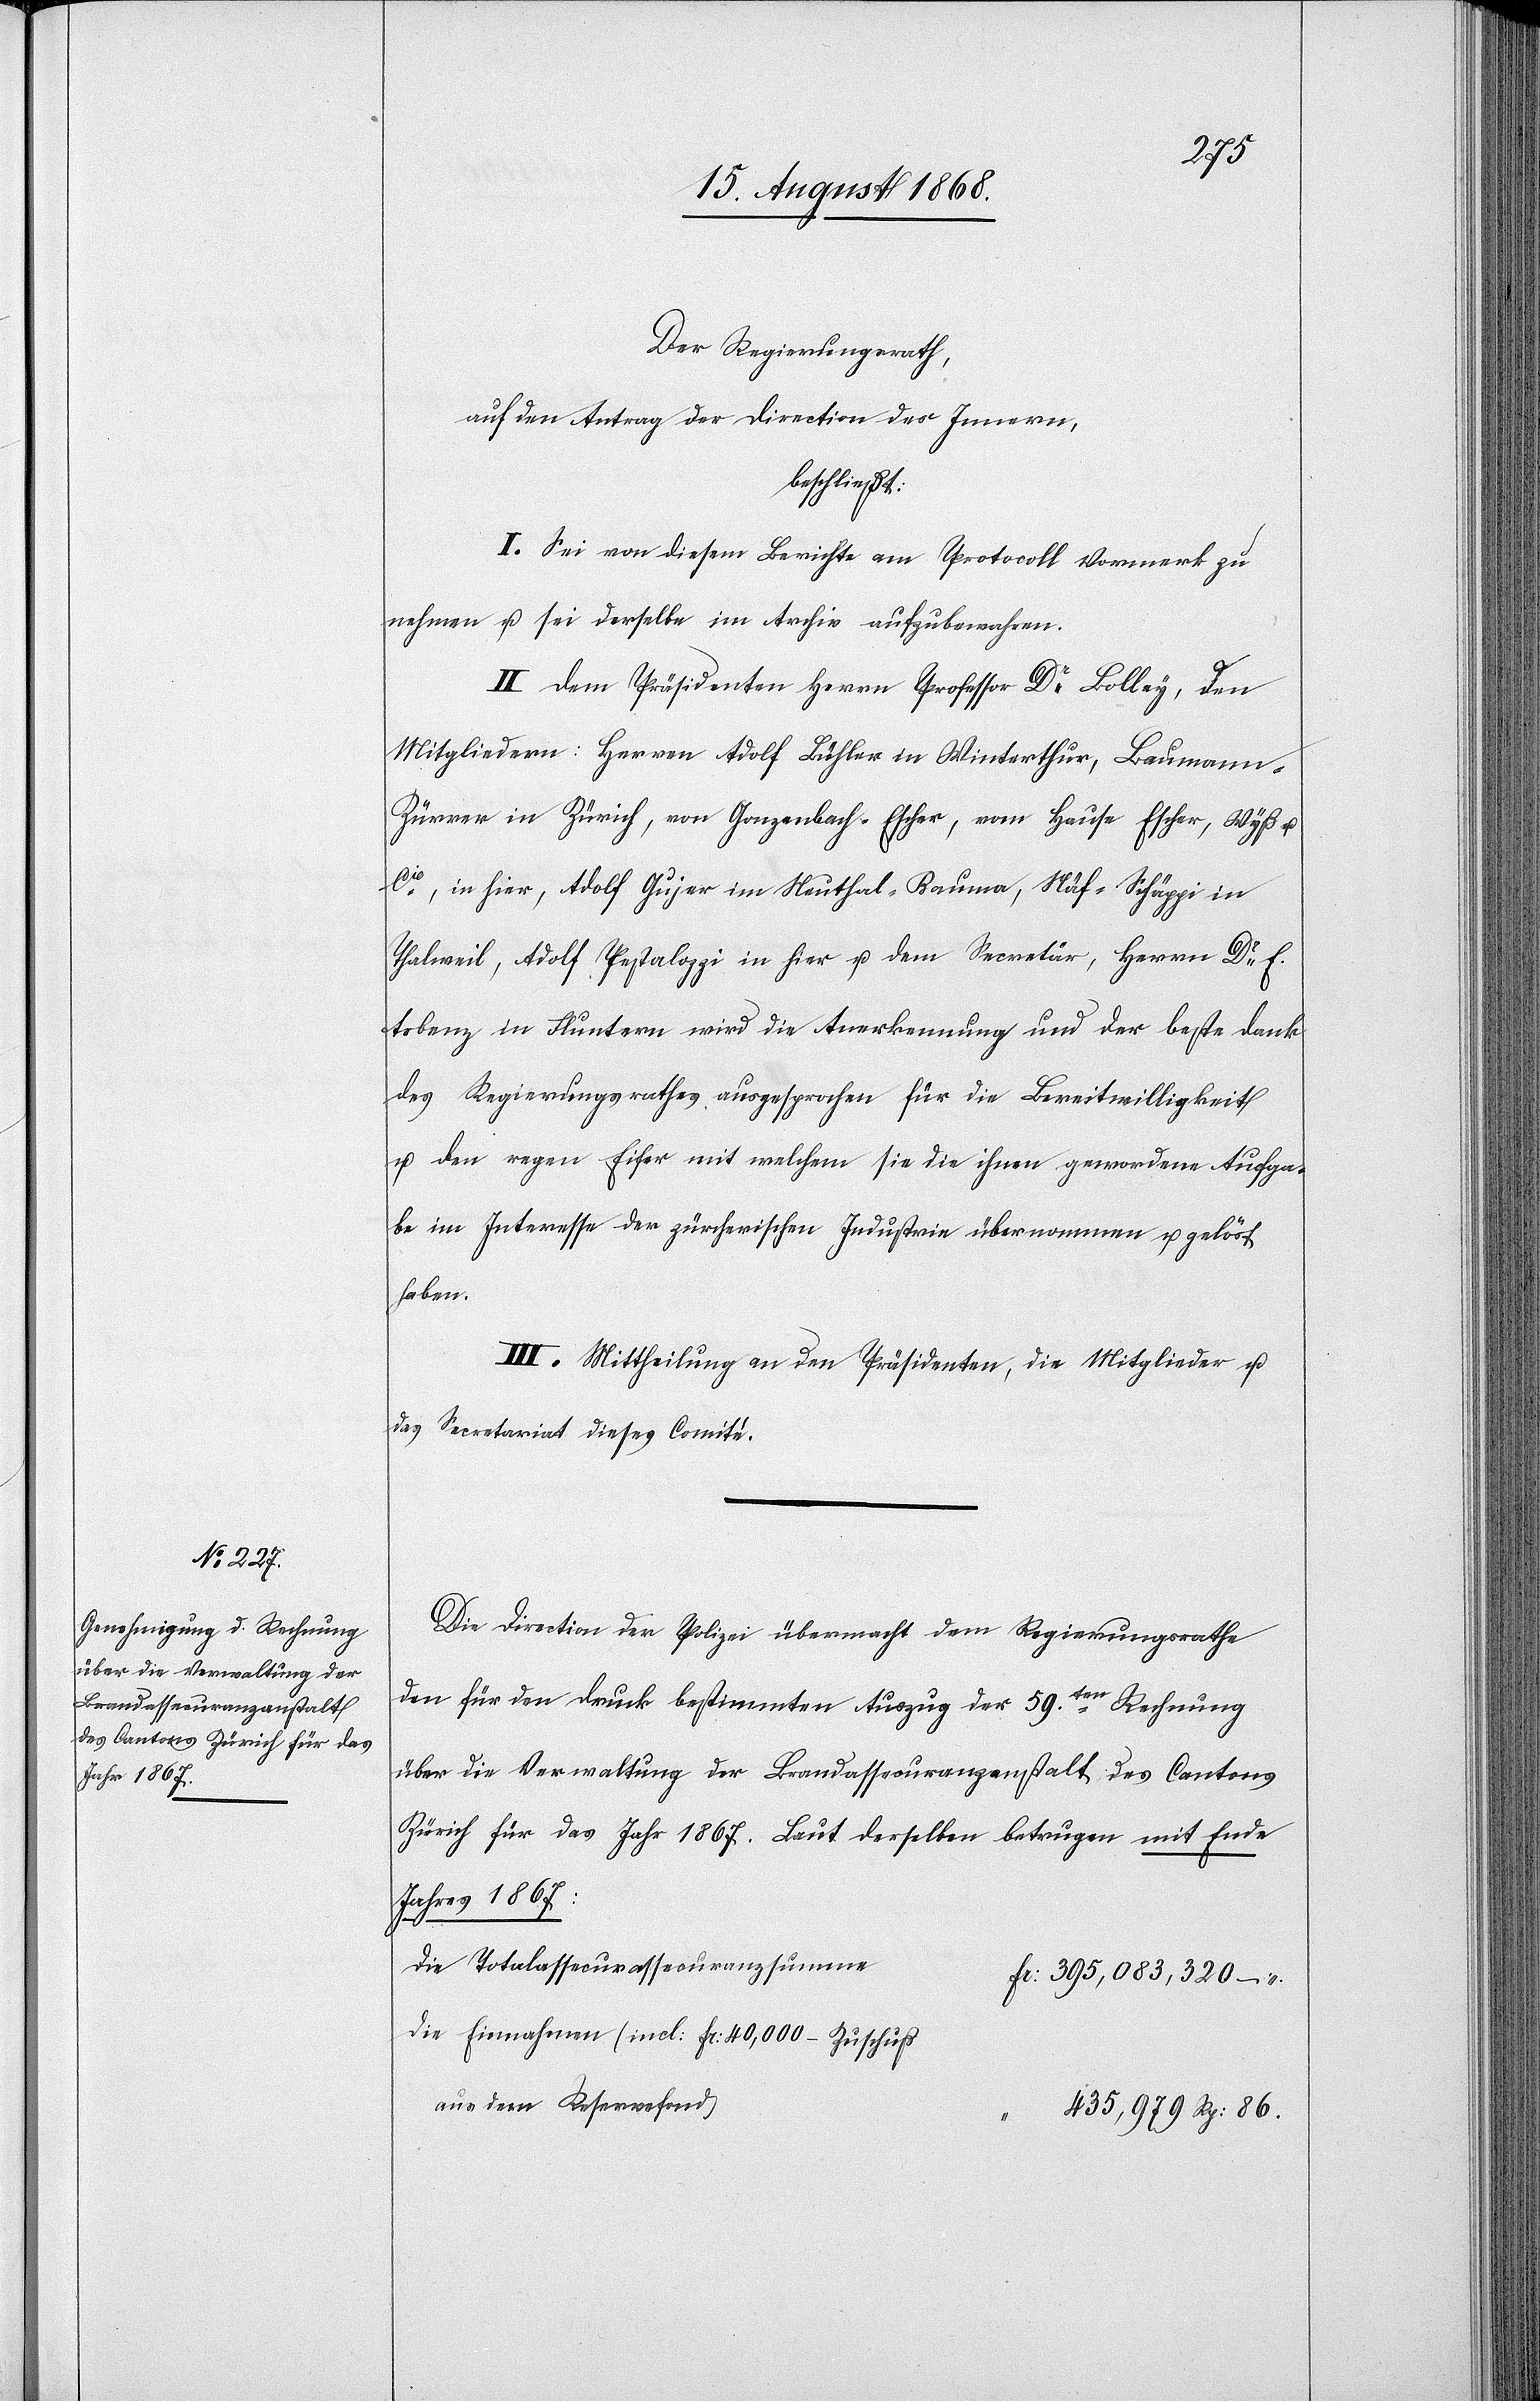
Der Regierungsrath,
auf den Antrag der Direction des Innern,
beschließt:
I. Sei von diesem Berichte am Protocoll Vormerk zu
nehmen u. sei derselbe im Archiv aufzubewahren.
II. Dem Präsidenten Herrn Professor Dr Bolley, den
Mitgliedern: Herren Adolf Bühler in Winterthur, Bauman¬
n-Zürrer in Zürich, von Gonzenbach-Escher, vom Hause Escher, Wyß u.
Cie, in hier, Adolf Gujer im Neuthal - Bauma, Näf-Schäppi in
Thalweil, Adolf Pestalozzi in hier u. dem Secretär, Herrn Dr E.
Arbenz in Fluntern wird die Anerkennung und der beste Dank
des Regierungsrathes ausgesprochen für die Bereitwilligkeit
u. den regen Eifer mit welchem sie die ihnen gewordene Aufga¬
be im Interesse der zürcherischen Industrie übernommen u. gelöst
haben.
III. Mittheilung an den Präsidenten, die Mitglieder u.
das Secretariat dieses Comité.
Die Direction der Polizei übermacht dem Regierungsrathe
den für den Druck bestimmten Auszug der 59ten. Rechnung
über die Verwaltung der Brandassecuranzanstalt des Cantons
Zürich für das Jahr 1867. Laut derselben betrugen mit Ende
Jahres 1867:
die Totalassecurassecuranzsumme
Fr: 395,083,320. –
die Einnahmen (incl: Fr: 40,000 – Zuschuß
aus dem Reservefond)
435,979. Rp: 86.